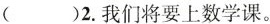
（ ）2.我们将要上数学课。